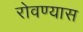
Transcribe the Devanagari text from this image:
रोवण्यास